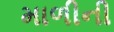
માળીની